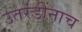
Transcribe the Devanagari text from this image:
उतरंडींनाच